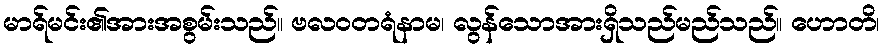
မာရ်မင်း၏အားအစွမ်းသည်။ ဗလဝတရံနာမ၊ လွန်သောအားရှိသည်မည်သည်။ ဟောတိ၊